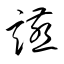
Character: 讌